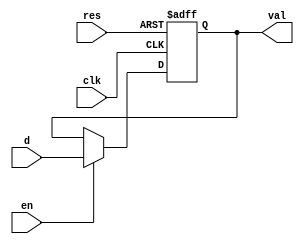
module check_clock_gating (input clk , input res , input [31:0] d , output reg [31:0] val , input en);

always @ (posedge clk , posedge res)
begin
	if(res)
		val <= 31'b0;
	else if (en)
		val <= d;

end

endmodule